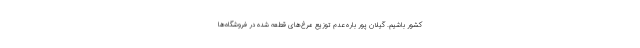
کشور باشیم. گیلان پور باره عدم توزیع مرغ‌های قطعه شده در فروشگاه‌ها